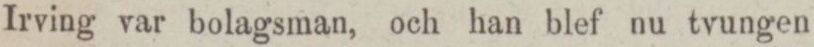
Irving var bolagsman, och han blef nu tvungen